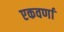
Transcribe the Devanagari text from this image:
एकवर्णा